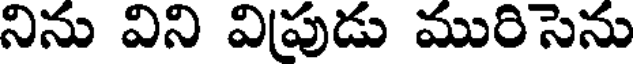
నిను విని విపుడు మురిసెను